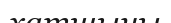
хатшыны